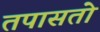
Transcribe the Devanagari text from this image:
तपासतो